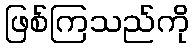
ဖြစ်ကြသည်ကို